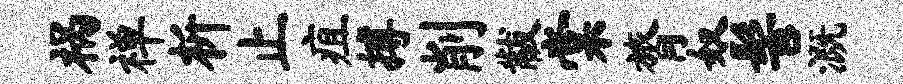
祸禅析止疽搏削黻棠膂奴髻溉